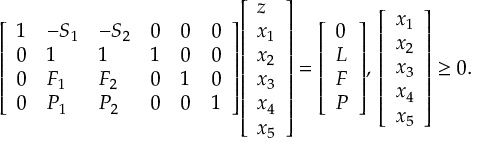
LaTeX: { \left[ \begin{array} { l l l l l l } { 1 } & { - S _ { 1 } } & { - S _ { 2 } } & { 0 } & { 0 } & { 0 } \\ { 0 } & { 1 } & { 1 } & { 1 } & { 0 } & { 0 } \\ { 0 } & { F _ { 1 } } & { F _ { 2 } } & { 0 } & { 1 } & { 0 } \\ { 0 } & { P _ { 1 } } & { P _ { 2 } } & { 0 } & { 0 } & { 1 } \end{array} \right] } { \left[ \begin{array} { l } { z } \\ { x _ { 1 } } \\ { x _ { 2 } } \\ { x _ { 3 } } \\ { x _ { 4 } } \\ { x _ { 5 } } \end{array} \right] } = { \left[ \begin{array} { l } { 0 } \\ { L } \\ { F } \\ { P } \end{array} \right] } , \, { \left[ \begin{array} { l } { x _ { 1 } } \\ { x _ { 2 } } \\ { x _ { 3 } } \\ { x _ { 4 } } \\ { x _ { 5 } } \end{array} \right] } \geq 0 .